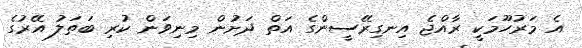
އެ މަރުހޫމަކީ ރާއްޖެ އިނގިރޭސީންގެ އަތް ދަށުން މިނިވަން ކުރި ބަތަލު އޭރުގެ